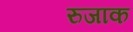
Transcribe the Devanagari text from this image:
रुजाक